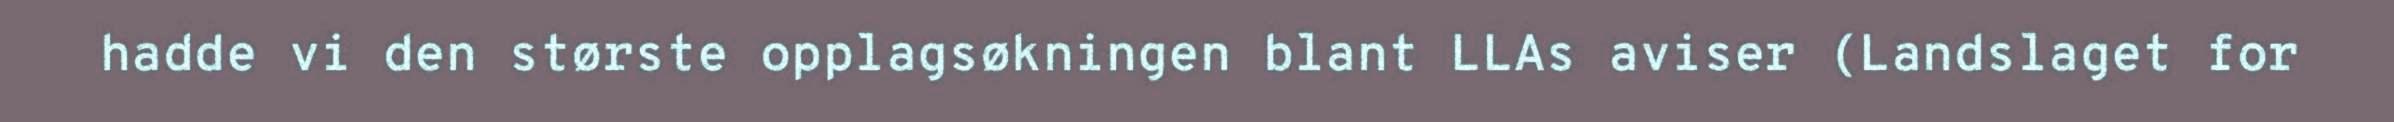
hadde vi den største opplagsøkningen blant LLAs aviser (Landslaget for